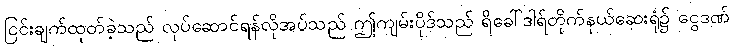
ငြင်းချက်ထုတ်ခဲ့သည် လုပ်ဆောင်ရန်လိုအပ်သည် ဤကျမ်းပိုဒ်သည် ရိခေါ်ဒါရ်တိုက်နယ်ဆေးရုံ၌ ငွေဒဏ်